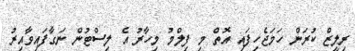
ރިލީޒް ކުރަން ހަމަޖެހިފައި އޮތް މި ފިލްމު މިހާރު އެ ލިސްޓުން ނަގާފައިވާއިރު